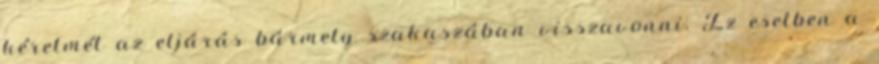
kérelmét az eljárás bármely szakaszában visszavonni. Ez esetben a